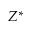
Z ^ { * }